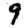
Digit: 9